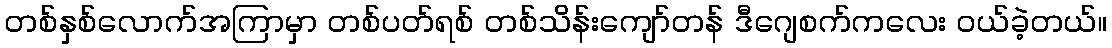
တစ်နှစ်လောက်အကြာမှာ တစ်ပတ်ရစ် တစ်သိန်းကျော်တန် ဒီဂျေစက်ကလေး ဝယ်ခဲ့တယ်။